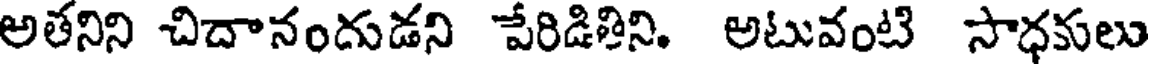
అతనిని చిదానందుడని పేరిడితిని. అటువంటి సాధకులు